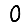
Digit: 0